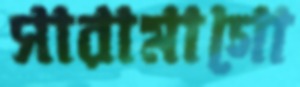
সারামাগো